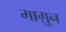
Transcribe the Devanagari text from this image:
माग़ुन